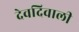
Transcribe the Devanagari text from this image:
देवदिवाली